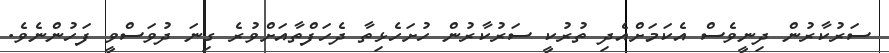
ސަރުކާރުން ދިނީވެސް އެކަމަށްއެދި ތުރުކީ ސަރުކާރުން ހުށަހެޅިތާ ދެހަފްތާއަށްވުރެ ގިނަ ދުވަސްވީ ފަހުންނެވެ.